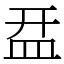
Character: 㿼